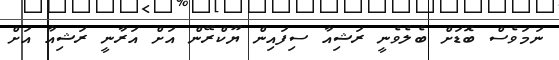
ނަމަވެސް ބޮޑަށް ބެލެވެނީ ރަޝިއާ ސިފައިން ޔޫކްރޭން އަށް އަރާނީ ރަޝިއާ އަށް